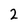
Character: 2